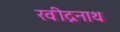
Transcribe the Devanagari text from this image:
रवीद्रनाथ